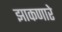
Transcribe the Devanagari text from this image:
झाकणारे